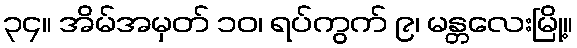
၃၄။ အိမ်အမှတ် ၁၀၊ ရပ်ကွက် ၉၊ မန္တလေးမြို့။